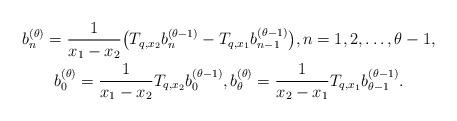
LaTeX: \begin{gather*}b_n^{(\theta)} = \frac{1}{x_1 - x_2}\big( T_{q, x_2} b_n^{(\theta - 1)} - T_{q, x_1} b_{n-1}^{(\theta - 1)} \big), n = 1, 2, \dots, \theta-1,\\b_0^{(\theta)} = \frac{1}{x_1 - x_2} T_{q, x_2}b_0^{(\theta-1)}, b_{\theta}^{(\theta)} = \frac{1}{x_2 - x_1} T_{q, x_1}b_{\theta-1}^{(\theta-1)}.\end{gather*}